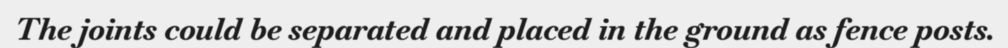
The joints could be separated and placed in the ground as fence posts.